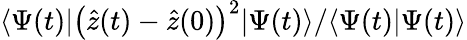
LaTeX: \langle\Psi(t)|\left(\hat{z}(t)-\hat{z}(0)\right)^{2}|\Psi(t)\rangle/\langle\Psi(t)|\Psi(t)\rangle